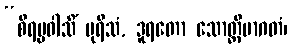
“စိရပ္ပဝါသိံ ပုရိသံ, ဒူရတော သောတ္ထိမာဂတံ၊